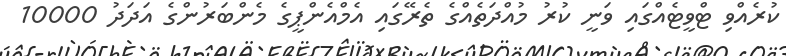
ކުރެއްވި ޓްވީޓެއްގައި ވަނީ ކުރު މުއްދަތެއްގެ ތެރޭގައި އެމްއެންޕީގެ މެންބަރުންގެ އަދަދު 10000